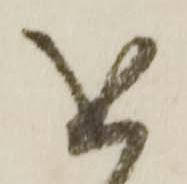
を